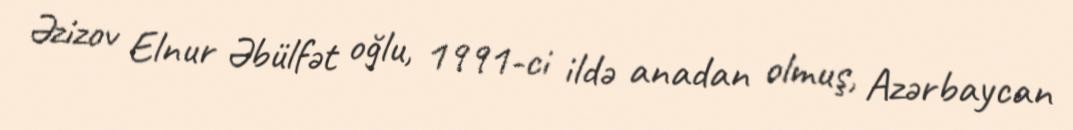
Əzizov Elnur Əbülfət oğlu, 1991-ci ildə anadan olmuş, Azərbaycan